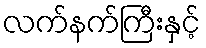
လက်နက်ကြီးနှင့်